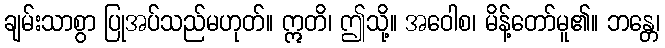
ချမ်းသာစွာ ပြုအပ်သည်မဟုတ်။ ဣတိ၊ ဤသို့။ အဝေါစ၊ မိန့်တော်မူ၏။ ဘန္တေ၊